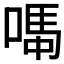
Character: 𫫆